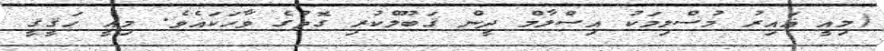
(މިއީ ޣައިރު މުސްލިމަކު އިސްލާމް ދީން ޤަބޫލްކުރި ގޮތުގެ ވާހަކައެވެ. މިއީ ހަޤީޤީ